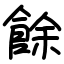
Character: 餘